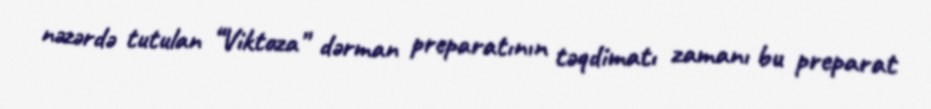
nəzərdə tutulan “Viktoza” dərman preparatının təqdimatı zamanı bu preparat